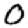
Digit: 0